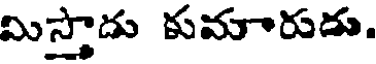
మిస్తాడు కుమారుడు.